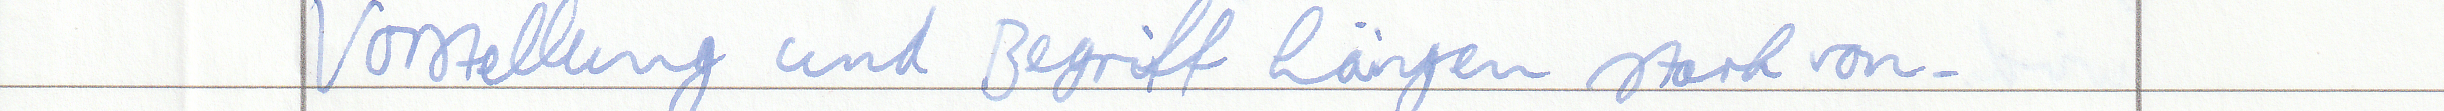
Vorstellung und Begriff hängen stark von -